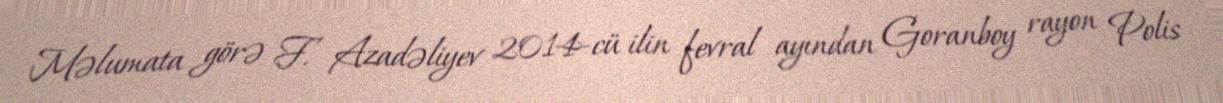
Məlumata görə F. Azadəliyev 2014-cü ilin fevral ayından Goranboy rayon Polis